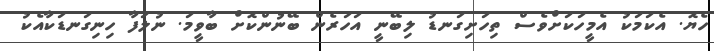
ހެޔޮ. އެކަމަކު އެމީހަކަށްވެސް ތިހަށިގަނޑު ލިބޭނީ އަހަރެން ބޭނުންކޮށް ބާވީމަ. ނުލަފާ ހިނިގަނޑަކާއެކު